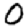
Digit: 0